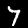
Label: 7